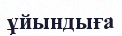
ұйындыға